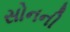
સોનની